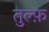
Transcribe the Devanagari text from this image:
तुल्फ़